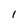
Character: I